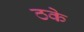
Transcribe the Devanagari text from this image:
ठके